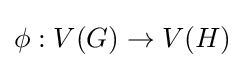
\phi :V(G)\to V(H)